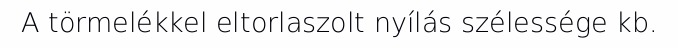
A törmelékkel eltorlaszolt nyílás szélessége kb.